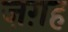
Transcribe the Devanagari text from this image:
ज़ग़ह